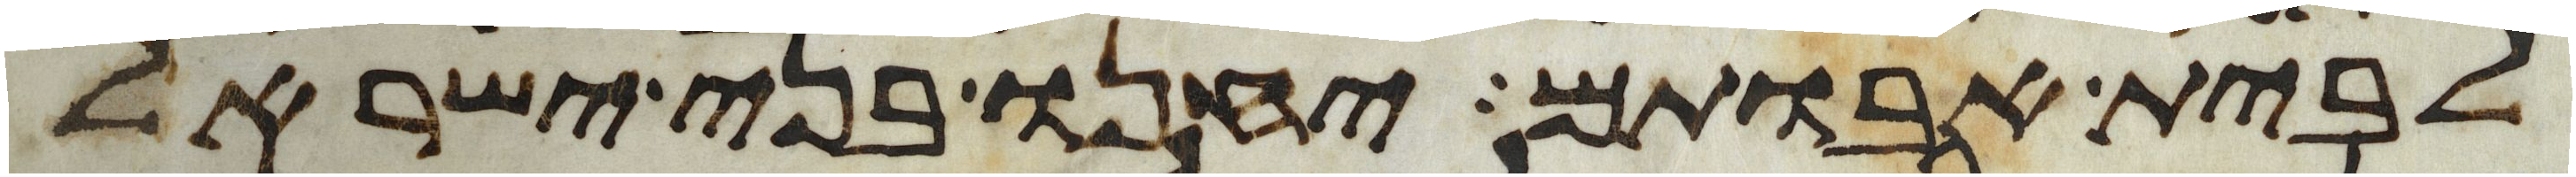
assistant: לבית אבותם יחנו בני ישראל